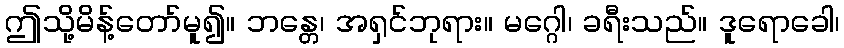
ဤသို့မိန့်တော်မူ၍။ ဘန္တေ၊ အရှင်ဘုရား။ မဂ္ဂေါ၊ ခရီးသည်။ ဒူရောခေါ၊